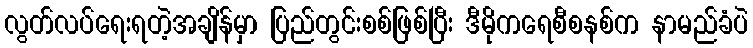
လွတ်လပ်ရေးရတဲ့အချိန်မှာ ပြည်တွင်းစစ်ဖြစ်ပြီး ဒီမိုကရေစီစနစ်က နာမည်ခံပဲ